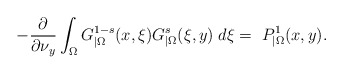
\begin{align*}-\frac{\partial}{\partial\nu_y}\int_{\Omega} G^{1-s}_{|\Omega}(x,\xi)G^s_{|\Omega}(\xi,y)\;d\xi =\ P_{|\Omega}^1(x,y).\end{align*}